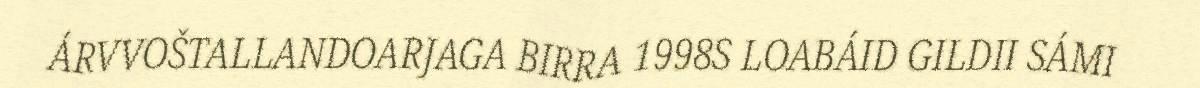
ÁRVVOŠTALLANDOARJAGA BIRRA 1998S LOABÁID GILDII SÁMI